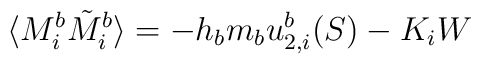
\langle M_{i}^{b} \tilde M_{i}^{b} \rangle = -h_{b}m_{b}u_{2,i}^{b}(S) - K_{i}W